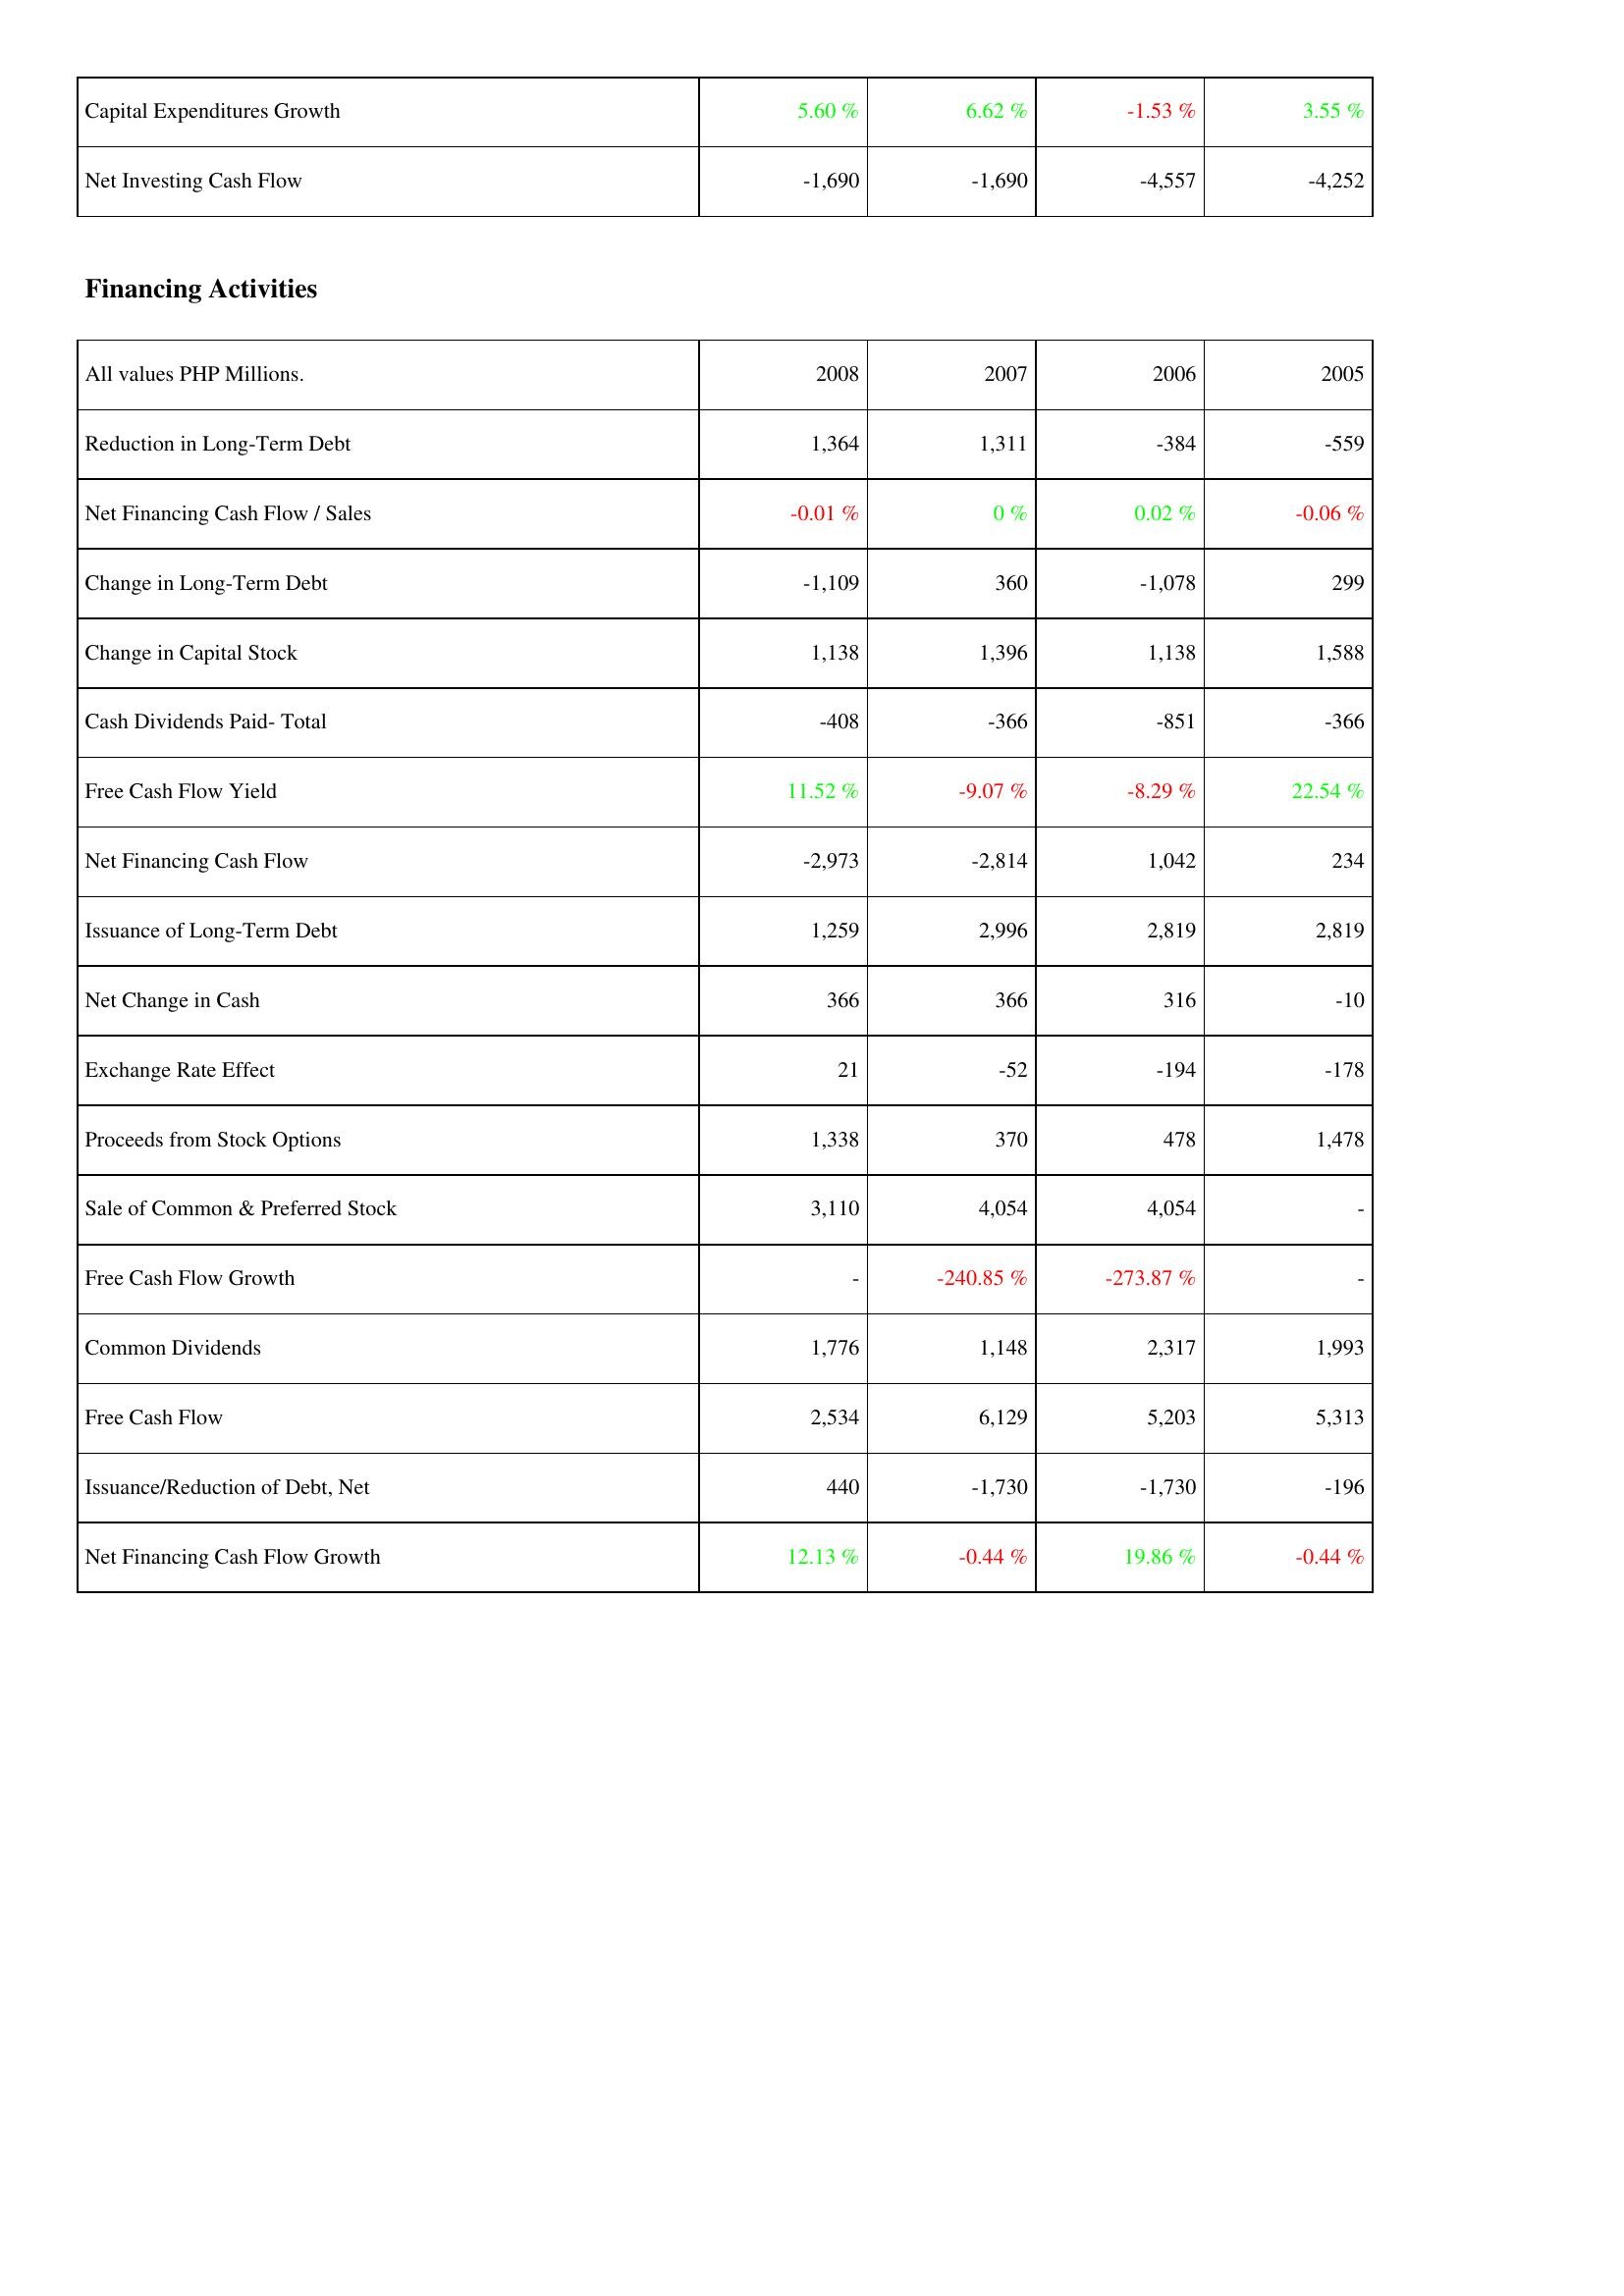
2008: Investing Activities: Capital Expenditures Growth: 5.60 %
Net Investing Cash Flow: -1,690
Financing Activities: Reduction in Long-Term Debt: 1,364
Net Financing Cash Flow / Sales: -0.01 %
Change in Long-Term Debt: -1,109
Change in Capital Stock: 1,138
Cash Dividends Paid- Total: -408
Free Cash Flow Yield: 11.52 %
Net Financing Cash Flow: -2,973
Issuance of Long-Term Debt: 1,259
Net Change in Cash: 366
Exchange Rate Effect: 21
Proceeds from Stock Options: 1,338
Sale of Common & Preferred Stock: 3,110
Free Cash Flow Growth: -
Common Dividends: 1,776
Free Cash Flow: 2,534
Issuance/Reduction of Debt, Net: 440
Net Financing Cash Flow Growth: 12.13 %
2007: Investing Activities: Capital Expenditures Growth: 6.62 %
Net Investing Cash Flow: -1,690
Financing Activities: Reduction in Long-Term Debt: 1,311
Net Financing Cash Flow / Sales: 0 %
Change in Long-Term Debt: 360
Change in Capital Stock: 1,396
Cash Dividends Paid- Total: -366
Free Cash Flow Yield: -9.07 %
Net Financing Cash Flow: -2,814
Issuance of Long-Term Debt: 2,996
Net Change in Cash: 366
Exchange Rate Effect: -52
Proceeds from Stock Options: 370
Sale of Common & Preferred Stock: 4,054
Free Cash Flow Growth: -240.85 %
Common Dividends: 1,148
Free Cash Flow: 6,129
Issuance/Reduction of Debt, Net: -1,730
Net Financing Cash Flow Growth: -0.44 %
2006: Investing Activities: Capital Expenditures Growth: -1.53 %
Net Investing Cash Flow: -4,557
Financing Activities: Reduction in Long-Term Debt: -384
Net Financing Cash Flow / Sales: 0.02 %
Change in Long-Term Debt: -1,078
Change in Capital Stock: 1,138
Cash Dividends Paid- Total: -851
Free Cash Flow Yield: -8.29 %
Net Financing Cash Flow: 1,042
Issuance of Long-Term Debt: 2,819
Net Change in Cash: 316
Exchange Rate Effect: -194
Proceeds from Stock Options: 478
Sale of Common & Preferred Stock: 4,054
Free Cash Flow Growth: -273.87 %
Common Dividends: 2,317
Free Cash Flow: 5,203
Issuance/Reduction of Debt, Net: -1,730
Net Financing Cash Flow Growth: 19.86 %
2005: Investing Activities: Capital Expenditures Growth: 3.55 %
Net Investing Cash Flow: -4,252
Financing Activities: Reduction in Long-Term Debt: -559
Net Financing Cash Flow / Sales: -0.06 %
Change in Long-Term Debt: 299
Change in Capital Stock: 1,588
Cash Dividends Paid- Total: -366
Free Cash Flow Yield: 22.54 %
Net Financing Cash Flow: 234
Issuance of Long-Term Debt: 2,819
Net Change in Cash: -10
Exchange Rate Effect: -178
Proceeds from Stock Options: 1,478
Sale of Common & Preferred Stock: -
Free Cash Flow Growth: -
Common Dividends: 1,993
Free Cash Flow: 5,313
Issuance/Reduction of Debt, Net: -196
Net Financing Cash Flow Growth: -0.44 %